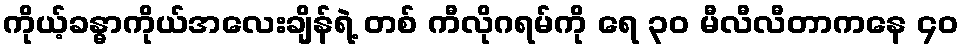
ကိုယ့်ခန္ဓာကိုယ်အလေးချိန်ရဲ့ တစ် ကီလိုဂရမ်ကို ရေ ၃၀ မီလီလီတာကနေ ၄၀